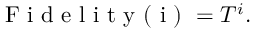
\mathrm { ~ F ~ i ~ d ~ e ~ l ~ i ~ t ~ y ~ ( ~ i ~ ) ~ } = T ^ { i } .